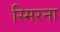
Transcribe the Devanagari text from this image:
स्मिरना